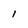
Character: l